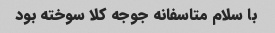
با سلام متاسفانه جوجه کلا سوخته بود